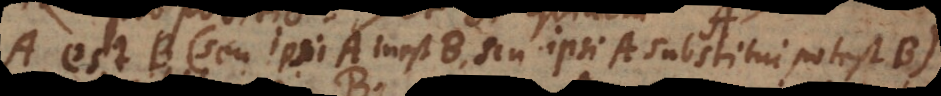
A est B (seu ipsi A inest B, seu ipsi A substitui potest B);